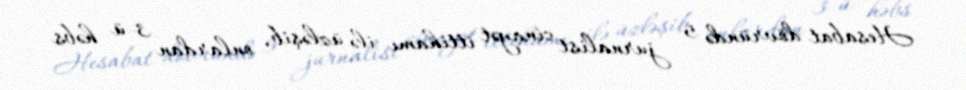
Hesabat dövründə 5 jurnalist cinayət ittihamı ilə üzləşib, onlardan 3-ü həbs